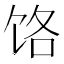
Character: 饹